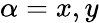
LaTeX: \alpha=x,y